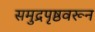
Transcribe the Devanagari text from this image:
समुद्रपृष्ठवरून